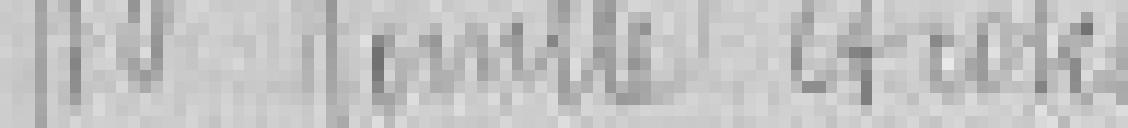
10. Momille??? et coke